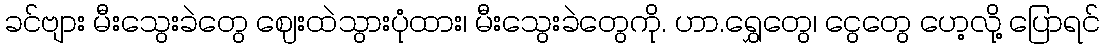
ခင်ဗျား မီးသွေးခဲတွေ ဈေးထဲသွားပုံထား၊ မီးသွေးခဲတွေကို. ဟာ.ရွှေတွေ၊ ငွေတွေ ဟေ့လို့ ပြောရင်